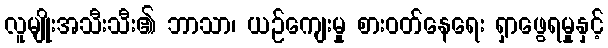
လူမျိုးအသီးသီး၏ ဘာသာ၊ ယဉ်ကျေးမှု စားဝတ်နေရေး ရှာဖွေရမှုနှင့်